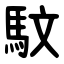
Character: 馼